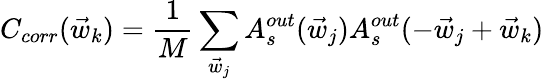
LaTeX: C_{corr}(\vec{w}_{k})=\frac{1}{M}\sum_{\vec{w}_{j}}A_{s}^{out}(\vec{w}_{j})A_{s}^{out}(-\vec{w}_{j}+\vec{w}_{k})